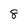
Character: 8